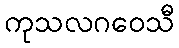
ကုသလဂဝေသီ